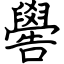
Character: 嚳